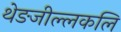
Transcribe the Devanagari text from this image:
थेङजील्लकलि